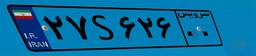
۲۷S۰۰۵۶۵